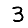
Digit: 3